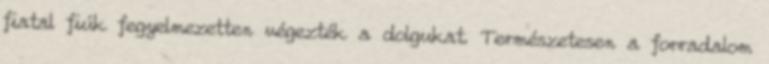
fiatal fiúk fegyelmezetten végezték a dolgukat. Természetesen a forradalom